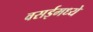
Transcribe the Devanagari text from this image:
वसईमध्ये